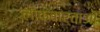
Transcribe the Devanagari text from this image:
लोकवार्ताओं